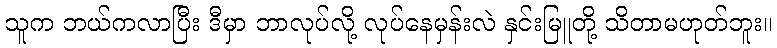
သူက ဘယ်ကလာပြီး ဒီမှာ ဘာလုပ်လို့ လုပ်နေမှန်းလဲ နှင်းမြူတို့ သိတာမဟုတ်ဘူး။